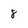
Character: 8